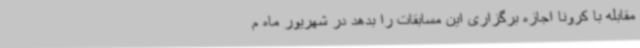
مقابله با کرونا اجازه برگزاری این مسابقات را بدهد در شهریور ماه م